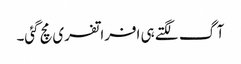
آگ لگتے ہی افراتفری مچ گئی۔